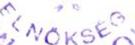
ELNÖKSEG